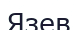
Язев